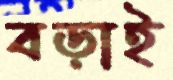
বড়াই